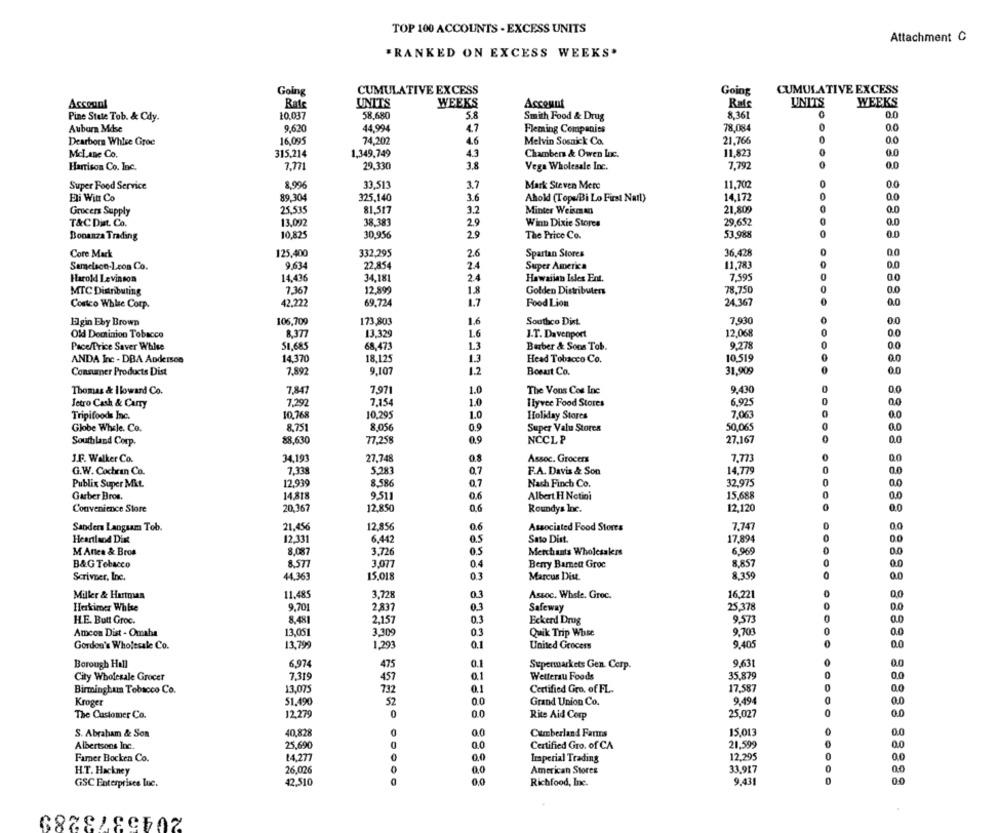
TOP 100 ACCOUNTS . EXCESS UNITS
Attachment C
*RANKED ON EXCESS WEEKS.
Going
CUMULATIVE EXCESS
Going
CUMULATIVE EXCESS
Account
Rate
UNITS
WEEKS
Account
Rats
UNITS
WEEKS
Pine Stute Tob. & Cdy.
10.037
58,680
Smith Food & Drug
8.361
0.0
0
Auburn Mdse
9,620
44.994
4.7
Fleming Companies
78.084
0.0
Dearborn Whise Groe
16,095
74.202
46
Melvin Sosnick Co.
21.766
0
00
Mcl ane Co.
315,214
1,349,749
4.3
Chambers & Owen Luc.
11,823
0.0
Harrison Co. Inc.
7,771
29.330
3.8
Vega Wholesale Inc.
7,792
0.0
8,996
33,513
3.7
Mark Steven Mere
11,702
0.0
Super Food Service
Eli Witt Co
89,304
325,140
36
Ahold (Topa/Bi Lo First Nail)
14,172
0.0
25.535
81,517
3.2
21.809
Grocers Supply
Minter Weisman
.0
T&CDist. Co.
13,092
38.383
2.9
Winn Dixie Stores
29,652
....
0.0
10.825
30,956
2.9
The Price Co.
53,988
0.0
Bonanza Trading
Core Mark
125,400
332,295
2.6
Spartan Stores
36,428
9,634
22,854
2.4
Super America
11,783
0.0
Harold Levinson
14,436
34,181
Hawaiian Isles Ent.
7,595
MTC Distributing
7,367
12,899
1.8
Golden Distributers
78.750
Costco Whie Corp.
42.222
69.724
1.7
Food Lion
24.367
0.0
Elgin Eby Brown
106,709
173,803
1.6
Southco Dist.
7,930
0
00
Old Dominion Tobacco
8.377
13.329
1.6
J.T. Davenport
12,068
0
0
Pace/Price Saver White
51.685
68,473
1.3
Barber & Sons Tob.
9.278
0.0
ANDA Inc - DBA Anderson
14.370
18.125
13
Head Tobacco Co.
10.519
Consumer Products Dist
7,892
9,107
1.2
Boourt Co.
31,909
0.0
Thomas & I lowand Co.
7,847
7,971
1.0
The Vons Cos Inc
9,430
00
6.925
Jetro Cash & Carry
7,292
7.154
1.0
Ilyvee Food Stores
Tripifoods Inc.
10.768
10,295
1.0
Holiday Stores
7,063
0.0
8.751
50,065
Globe While. Co.
8.056
0.9
Super Valu Stores
0.0
Southland Corp.
88,630
77.258
0.9
NCCLP
27.167
J.F. Walker Co.
34,191
27.748
0.8
Assoc. Grocers
7,773
0
0
G.W. Cochran Co.
7,33g
5.283
07
F.A. Davis & Son
14,779
0.0
Publix Super Mit.
12.939
8.586
0.7
Nach Finch Co.
32,975
0
0.0
Garber Bros.
14,818
9,511
0.6
Albert H Notini
15,688
0
0.0
Convenience Store
20.367
12,850
0,6
Roundys Inc.
12,120
0.0
12.856
0.6
7,747
Sanders Langsam Tob.
21.456
Associated Food Stores
Heartland Disk
12,331
6.442
.5
Sato Dist.
17,894
0.0
3.726
0.5
6.969
0.0
M Antes & Bros
8,087
Merchants Wholesalers
B&G Tobacco
8.577
3.077
0.4
Berry Barnet Groe
8.857
0
0.0
Scrivner, Inc.
15.018
0.3
Marcus Dist.
8.359
0.0
44,363
Miller & Hartman
11.485
3.728
03
Assoc. Whele. Groc.
16,221
0,0
Herkimer Whlse
9.701
2.837
0.3
Safeway
25.378
0.0
H.E. Butt Groc.
8.481
2,157
0.3
Eckerd Drug
9,573
0.0
Amcon Dist - Omaha
13,051
3,309
0.3
Quik Trip Whse
9.703
0
0.0
0
Gordon's Wholesale Co.
13,795
1,293
Q.
United Grocers
9.405
0.0
Borough Hall
6,974
475
0.1
Supermarkets Gen Corp.
9,631
0.0
7.319
0.1
Wetterau Foods
35,879
City Wholesale Grocer
457
Birmingham Tobacco Co.
13,075
732
0.1
Certified Gro. of FL.
17.587
0
0.0
51.490
52
9.494
0
0.0
Kroger
Grand Union Co.
The Customer Co.
12,279
0
0.0
Rite Aid Corp
25,027
0
0.0
S. Abraham & Son
40,828
Cumberland Farts
15.013
0.0
Albertsons Inc.
25,690
Certified Gro. of CA
21.599
00
Farner Bocken Co.
14.277
0,0
Imperial Trading
12,295
0.0
33.917
H.T. Hackney
26.026
00
American Stores
0.0
GSC Enterprises Que.
42.510
.....
0,0
Richfood, Inc.
9.431
00
2045373289